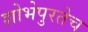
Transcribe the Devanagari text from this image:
शोभेपुरतेच